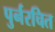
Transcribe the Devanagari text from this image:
पुर्नरचित